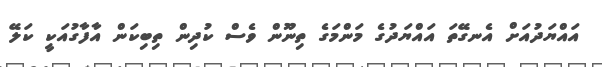
އައްޔަދުއަށް އެނގޭތަ އައްޔަދުގެ މަންމަގެ ތިނޫން ވެސް ކުދިން ތިބިކަން އާފާގުއަކީ ކަލޭ